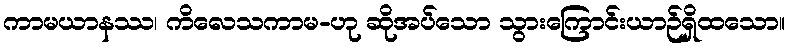
ကာမယာနဿ၊ ကိလေသကာမ-ဟု ဆိုအပ်သော သွားကြောင်းယာဉ်ရှိထသော။